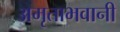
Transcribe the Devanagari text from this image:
अमृताभवानी